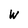
Character: w